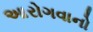
આરોગવાનો